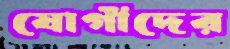
যোগীদের